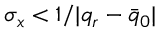
\sigma _ { x } < 1 / { | q _ { r } - \bar { q } _ { 0 } | }